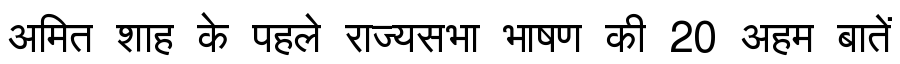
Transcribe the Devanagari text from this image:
अमित शाह के पहले राज्यसभा भाषण की 20 अहम बातें